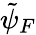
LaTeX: \tilde{\psi}_{F}